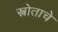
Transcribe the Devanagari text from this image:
स्त्रोताचे